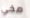
مخي